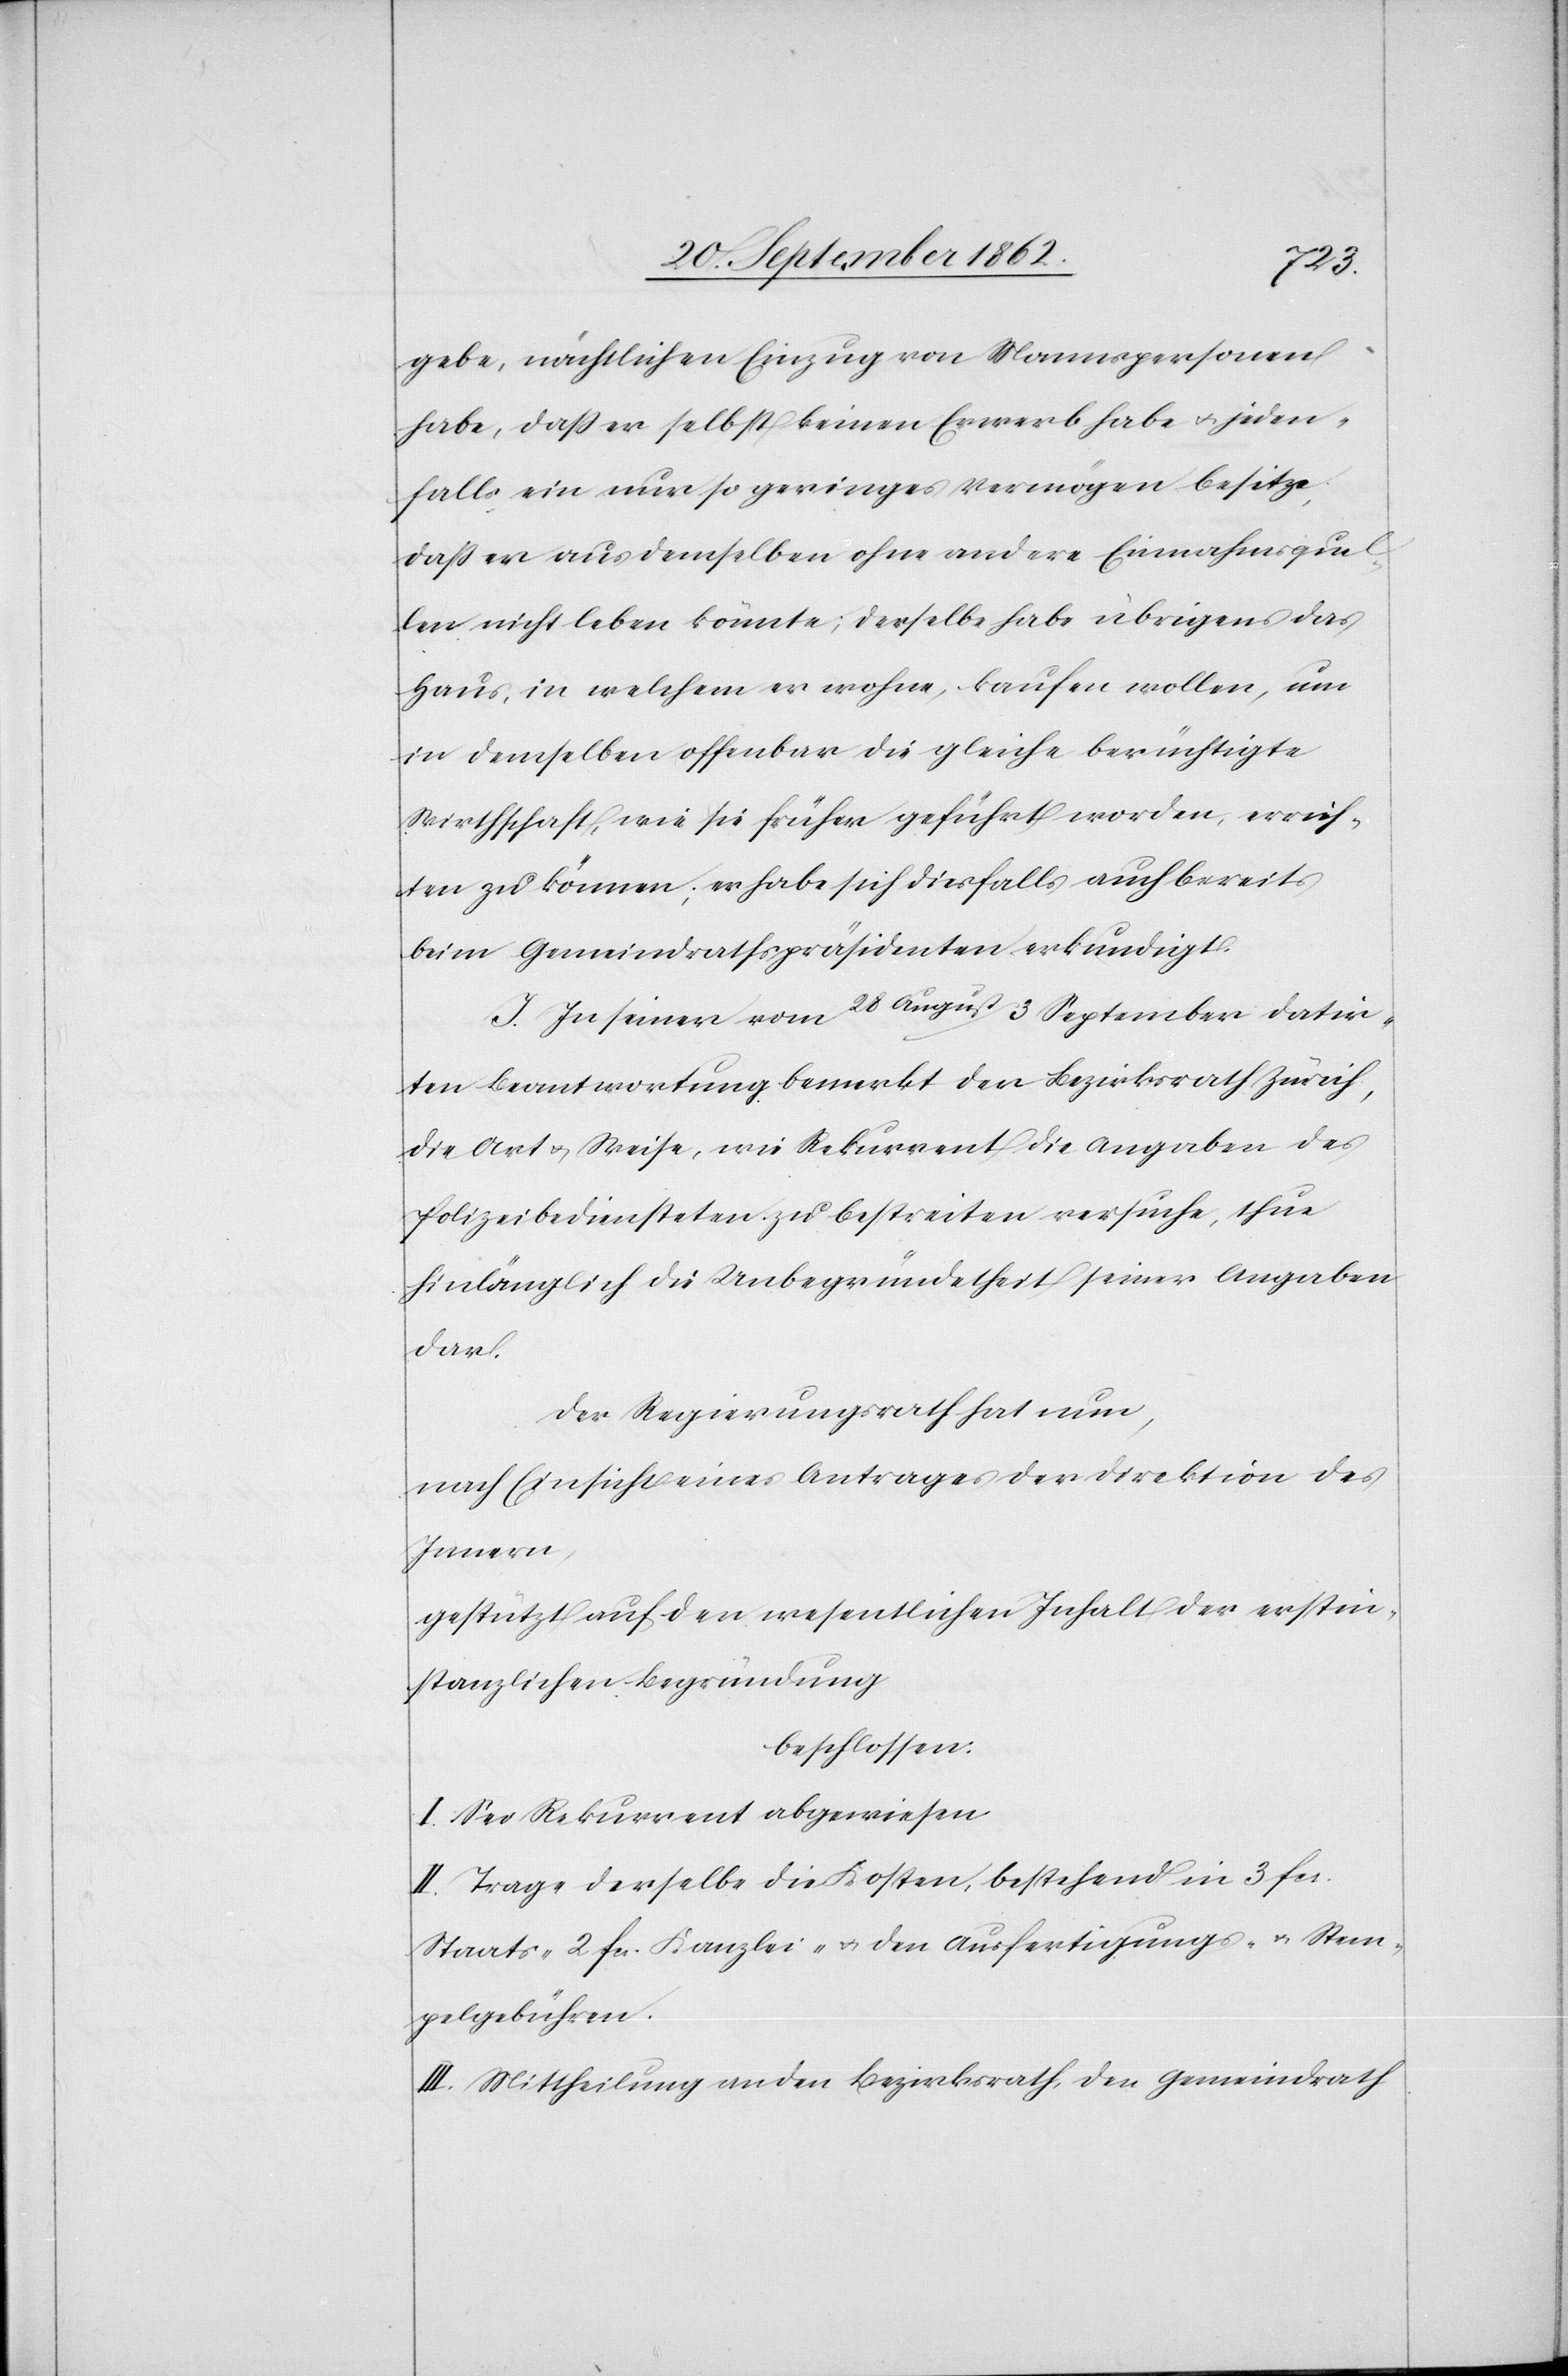
gebe, nächtlichen Einzug von Mannspersonen
habe, daß er selbst keinen Erwerb habe u. jeden¬
falls ein nur so geringes Vermögen besitze,
daß er aus demselben ohne andere Einnahmsquel¬
len nicht leben könnte; derselbe habe übrigens das
Haus, in welchem er wohne, kaufen wollen, um
in demselben offenbar die gleiche berüchtigte
Wirthschaft, wie sie früher geführt worden, errich¬
ten zu können; er habe sich diesfalls auch bereits
beim Gemeindrathspräsidenten erkundigt.
J. In seiner vom 28. August / 3. September datir¬
ten Beantwortung bemerkt der Bezirksrath Zürich,
die Art u. Weise, wie Rekurrent die Angaben des
Polizeibediensteten zu bestreiten versuche, thue
hinlänglich die Unbegründetheit seiner Angaben
dar.
Der Regierungsrath hat nun,
nach Einsicht eines Antrages der Direktion des
Innern,
gestützt auf den wesentlichen Inhalt der erstin¬
stanzlichen Begründung
beschlossen:
I. Sei der Rekurrent abgewiesen.
II. Trage derselbe die Kosten, bestehend in 3 fcs.
Staats-[,] 2 fcs. Kanzlei-[,] u. den Ausfertigungs- u. Stem¬
pelgebühren.
III. Mittheilung an den Bezirksrath, den Gemeindrath